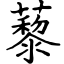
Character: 藜